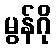
မွန်ဂို